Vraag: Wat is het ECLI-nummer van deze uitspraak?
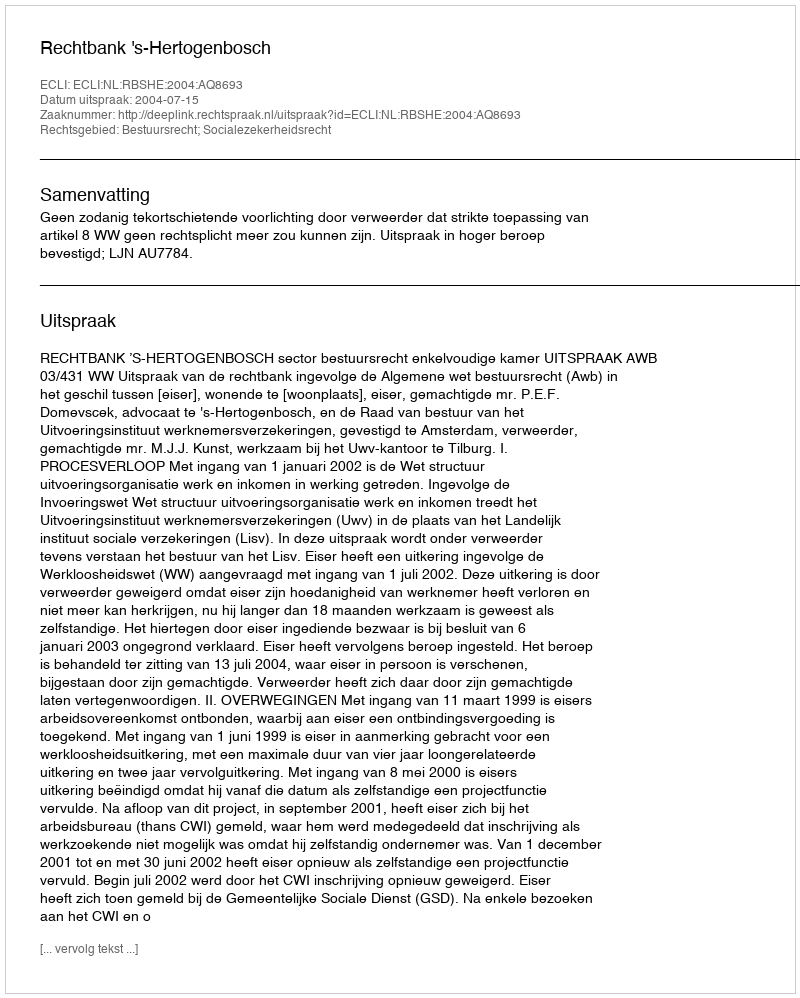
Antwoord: ECLI:NL:RBSHE:2004:AQ8693